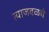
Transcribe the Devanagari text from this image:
त्याजवळचे